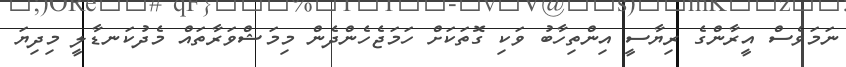
ނަމަވެސް އީރާންގެ ރިޔާސީ އިންތިހާބު ވަކި ގޮތަކަށް ހަމަޖެހެންދެން މިމަޝްވަރާތައް މެދުކަނޑާލީ މިދިޔަ